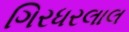
ગિરધરલાલ